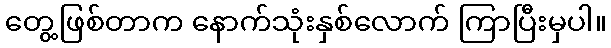
တွေ့ဖြစ်တာက နောက်သုံးနှစ်လောက် ကြာပြီးမှပါ။